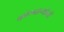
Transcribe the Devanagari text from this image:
कोम्पान्योनी